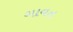
ગાવત